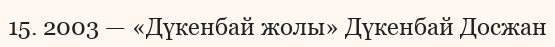
15. 2003 — «Дүкенбай жолы» Дүкенбай Досжан